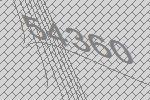
54360